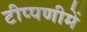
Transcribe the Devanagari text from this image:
टीप्‍पणीमें